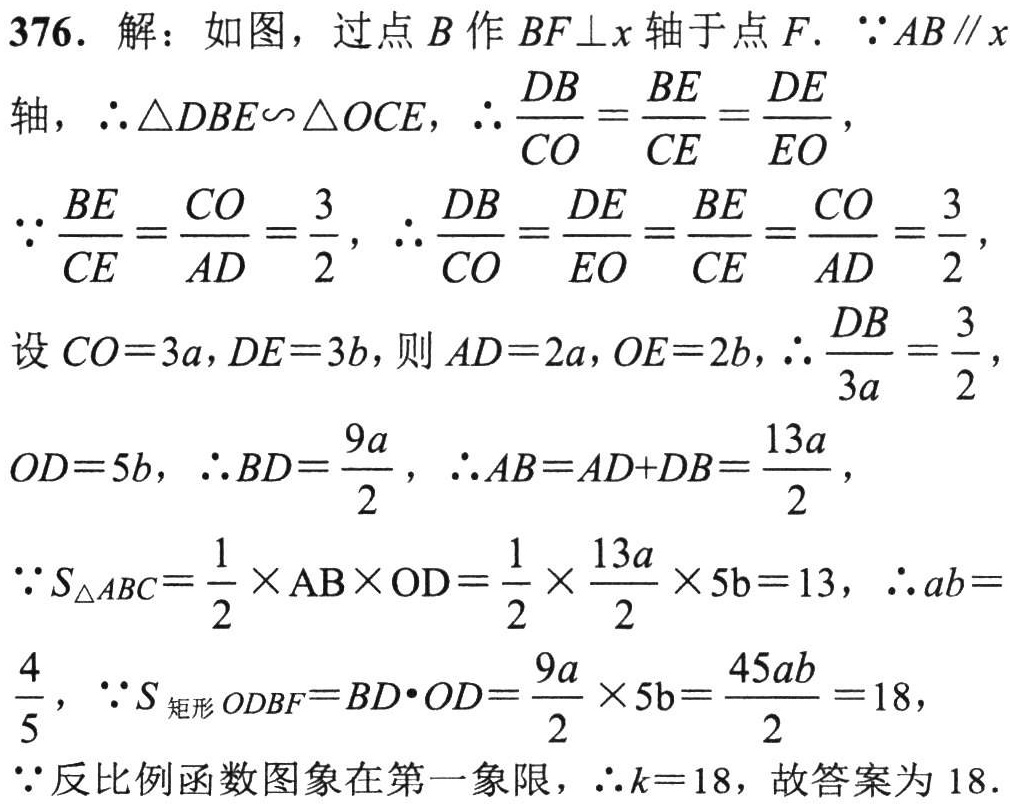
376. 解：如图，过点\(B\)作\(BF\perp x\)轴于点\(F\). \(\because AB\parallel x\)轴，\(\therefore \triangle DBE\sim\triangle OCE\)，\(\therefore \frac{DB}{CO}=\frac{BE}{CE}=\frac{DE}{EO}\)，

\(\because \frac{BE}{CE}=\frac{CO}{AD}=\frac{3}{2}\)，\(\therefore \frac{DB}{CO}=\frac{DE}{EO}=\frac{BE}{CE}=\frac{CO}{AD}=\frac{3}{2}\)，

设\(CO = 3a\)，\(DE = 3b\)，则\(AD = 2a\)，\(OE = 2b\)，\(\therefore \frac{DB}{3a}=\frac{3}{2}\)，

\(OD = 5b\)，\(\therefore BD=\frac{9a}{2}\)，\(\therefore AB = AD + DB=\frac{13a}{2}\)，

\(\because S_{\triangle ABC}=\frac{1}{2}\times AB\times OD=\frac{1}{2}\times\frac{13a}{2}\times 5b = 13\)，\(\therefore ab=\frac{4}{5}\)，\(\because S_{矩形ODBF}=BD\cdot OD=\frac{9a}{2}\times 5b=\frac{45ab}{2}=18\)，

\(\because\)反比例函数图象在第一象限，\(\therefore k = 18\)，故答案为\(18\).